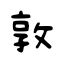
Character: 敦